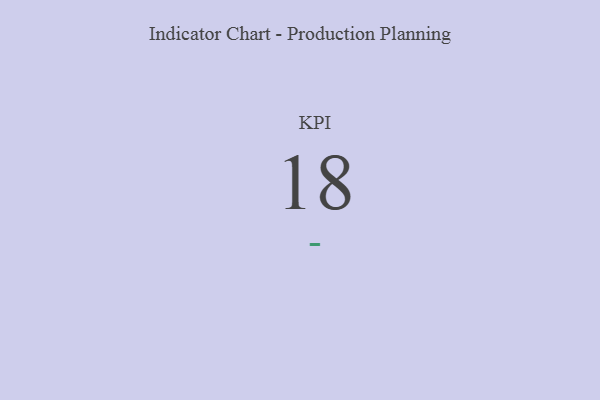
{"axis": {"x": "KPI", "y": "Value"}, "legend": [""], "data": [{"x": "KPI", "y": 18, "type": ""}]}